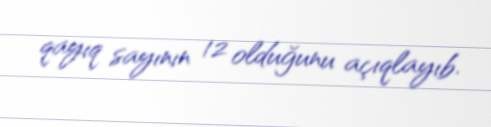
qayıq sayının 12 olduğunu açıqlayıb.